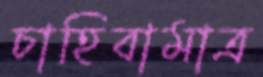
চাহিবামাত্র